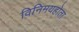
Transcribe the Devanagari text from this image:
विनिमयहोता